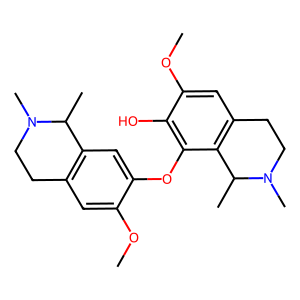
SMILES: COc1cc2c(cc1Oc1c(O)c(OC)cc3c1C(C)N(C)CC3)C(C)N(C)CC2
Inhibits HIV replication: No